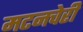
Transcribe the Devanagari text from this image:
मटनचेरी